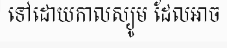
ទៅដោយកាលស្យូម ដែលអាច